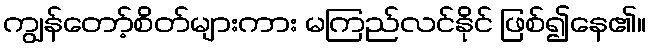
ကျွန်တော့်စိတ်များကား မကြည်လင်နိုင် ဖြစ်၍နေ၏။